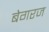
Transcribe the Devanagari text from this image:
बेगरज